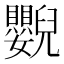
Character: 𦦿